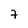
Character: 7